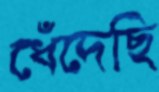
ধেঁদেছি